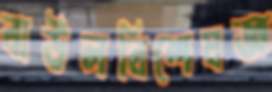
বাউলবিশেষজ্ঞ